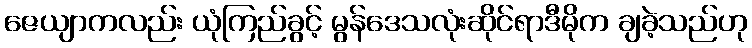
ဇေယျာကလည်း ယုံကြည်ခွင့် မွန်ဒေသလုံးဆိုင်ရာဒီမိုက ချခဲ့သည်ဟု